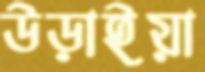
উড়াইয়া